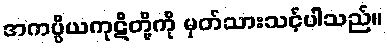
အကပ္ပိယကုဋိတို့ကို မှတ်သားသင့်ပါသည်။